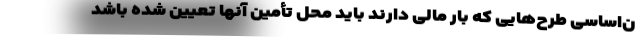
ن‌اساسی طرح‌هایی که بار مالی دارند باید محل تأمین آنها تعیین شده باشد